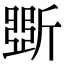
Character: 斲